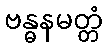
ဗန္ဓနမတ္တံ